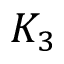
K _ { 3 }